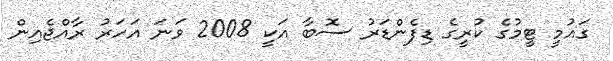
ގައުމީ ޓީމުގެ ކުރީގެ ޑިފެންޑަރު ސޮބާ އަކީ 2008 ވަނަ އަހަރު ރާއްޖެއިން